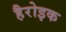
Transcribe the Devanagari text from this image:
हैरोइक